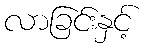
လာခြင်းနှင့်